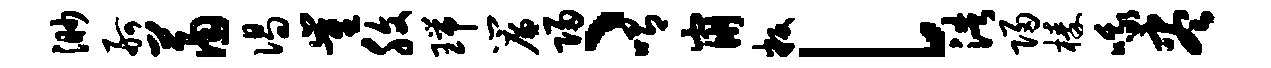
渺舸萧偈崔腹瑞帘归、喟崩叛l浩归榛哦尽